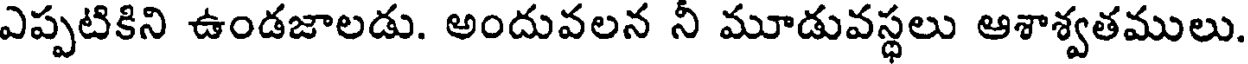
ఎప్పటికిని ఉండజాలడు. అందువలన నీ మూడువస్థలు ఆశాశ్వతములు.